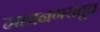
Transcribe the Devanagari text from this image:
महानगरांतून